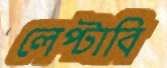
লেপ্‌টাবি